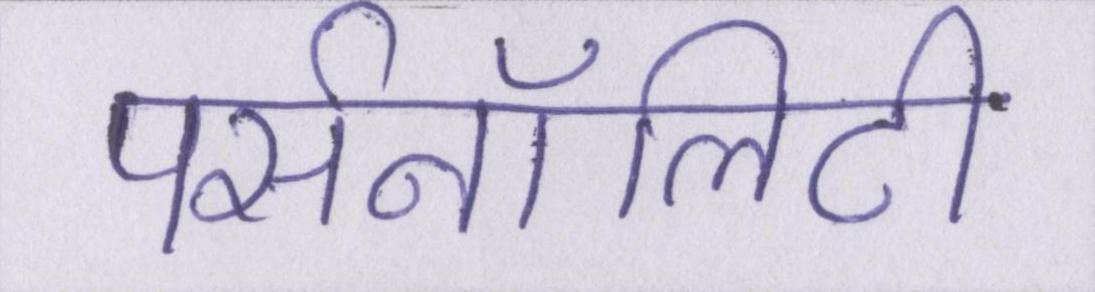
पर्सनॉलिटी